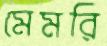
মেমরি